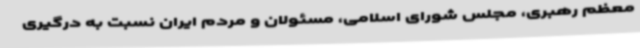
معظم رهبری، مجلس شورای اسلامی، مسئولان و مردم ایران نسبت به درگیری